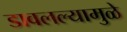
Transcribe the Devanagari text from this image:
डावलल्यामुळे